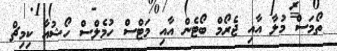
ތޯމަސް މުލާ އާއި ޖެރޯމް ބޯޓެން އާއި މަޓްސް ހުމެލްސް ހޯޝުއާ ކިމިޗް